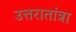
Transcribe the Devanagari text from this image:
उत्तरातांत्रा